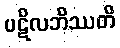
ပဋိလဘိဿတိ